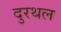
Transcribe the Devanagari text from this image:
दुरथल